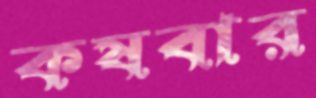
কষবার